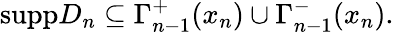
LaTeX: \mathrm{supp}D_{n}\subseteq\Gamma_{n-1}^{+}(x_{n})\cup\Gamma_{n-1}^{-}(x_{n}).